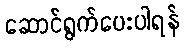
ဆောင်ရွက်ပေးပါရန်